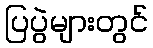
ပြပွဲများတွင်